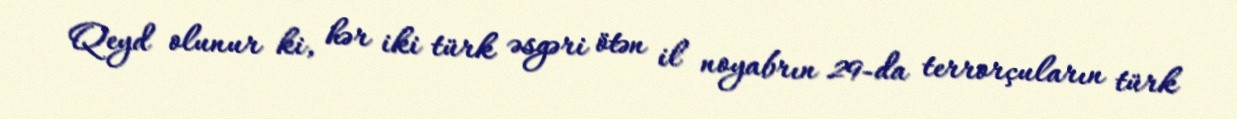
Qeyd olunur ki, hər iki türk əsgəri ötən il noyabrın 29-da terrorçuların türk